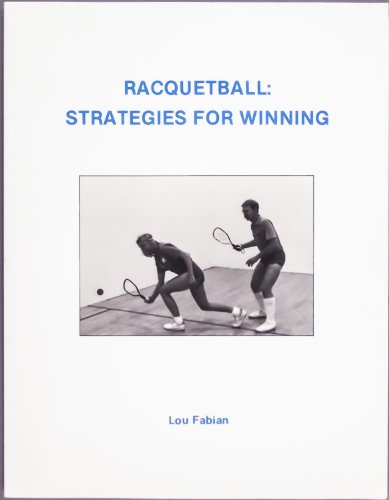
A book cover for Racquetball Strategies for Winning; Lou Fabian; Sports & Outdoors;